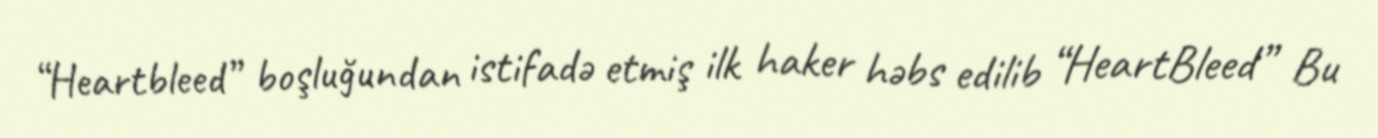
“Heartbleed” boşluğundan istifadə etmiş ilk haker həbs edilib “HeartBleed” Bu